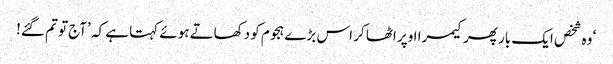
‘ وہ شخص ایک بار پھر کیمرا اوپر اٹھا کر اس بڑے ہجوم کو دکھاتے ہوئے کہتا ہے کہ ’آج تو تم گئے!